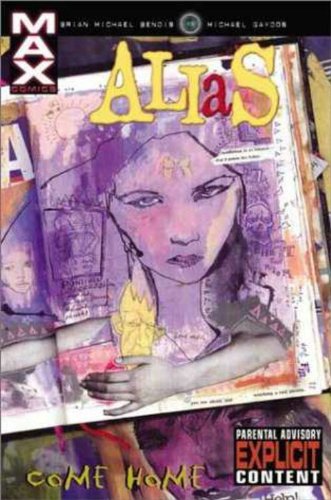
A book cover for Alias Vol. 2: Come Home; Brian Michael Bendis; Comics & Graphic Novels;